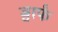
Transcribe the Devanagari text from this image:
ड्वार्फं